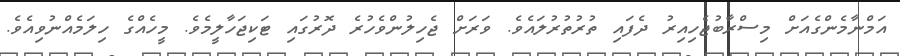
އަމްނާމެންގެއަށް މިސްރާބުޖެހިއިރު ދެފައި ތުރުތުރުލައެވެ. ވަރަށް ޖެހިލުންވެހުރެ ދޮރުގައި ޓަކިޖަހާލީމެވެ. މީހެއްގެ ހިލަމެއްނުވިއެވެ.